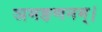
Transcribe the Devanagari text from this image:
ञमङणनम्।